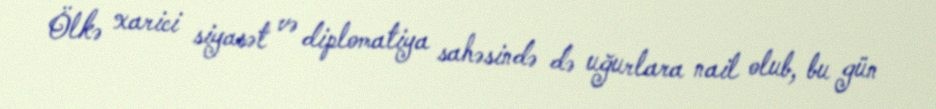
Ölkə xarici siyasət və diplomatiya sahəsində də uğurlara nail olub, bu gün